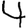
Digit: 4